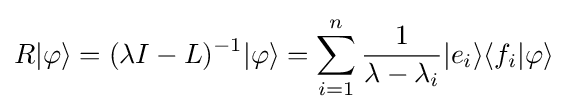
R|\varphi \rangle =(\lambda I-L)^{-1}|\varphi \rangle =\sum _{i=1}^{n}{\frac {1}{\lambda -\lambda _{i}}}|e_{i}\rangle \langle f_{i}|\varphi \rangle